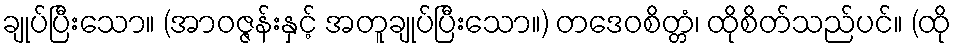
ချုပ်ပြီးသော။ (အာဝဇ္ဇန်းနှင့် အတူချုပ်ပြီးသော။) တဒေဝစိတ္တံ၊ ထိုစိတ်သည်ပင်။ (ထို